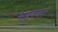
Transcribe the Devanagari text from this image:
भड़कदार